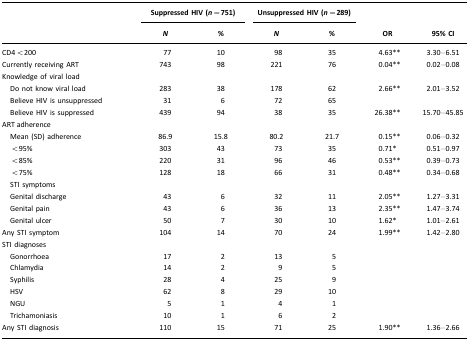
<table><thead><tr><td></td><td colspan="2"><b>Suppressed HIV (<i>n=</i>751)</b></td><td colspan="2"><b>Unsuppressed HIV (<i>n=</i>289)</b></td><td></td><td></td></tr><tr><td></td><td><b><i>N</i></b></td><td><b>%</b></td><td><b><i>N</i></b></td><td><b>%</b></td><td><b>OR</b></td><td><b>95% CI</b></td></tr></thead><tbody><tr><td>CD4&lt;200</td><td>77</td><td>10</td><td>98</td><td>35</td><td>4.63**</td><td>3.30–6.51</td></tr><tr><td>Currently receiving ART</td><td>743</td><td>98</td><td>221</td><td>76</td><td>0.04**</td><td>0.02–0.08</td></tr><tr><td>Knowledge of viral load</td><td></td><td></td><td></td><td></td><td></td><td></td></tr><tr><td> Do not know viral load</td><td>283</td><td>38</td><td>178</td><td>62</td><td>2.66**</td><td>2.01–3.52</td></tr><tr><td> Believe HIV is unsuppressed</td><td>31</td><td>6</td><td>72</td><td>65</td><td></td><td></td></tr><tr><td> Believe HIV is suppressed</td><td>439</td><td>94</td><td>38</td><td>35</td><td>26.38**</td><td>15.70–45.85</td></tr><tr><td>ART adherence</td><td></td><td></td><td></td><td></td><td></td><td></td></tr><tr><td> Mean (SD) adherence</td><td>86.9</td><td>15.8</td><td>80.2</td><td>21.7</td><td>0.15**</td><td>0.06–0.32</td></tr><tr><td> &lt;95%</td><td>303</td><td>43</td><td>73</td><td>35</td><td>0.71*</td><td>0.51–0.97</td></tr><tr><td> &lt;85%</td><td>220</td><td>31</td><td>96</td><td>46</td><td>0.53**</td><td>0.39–0.73</td></tr><tr><td> &lt;75%</td><td>128</td><td>18</td><td>66</td><td>31</td><td>0.48**</td><td>0.34–0.68</td></tr><tr><td> STI symptoms</td><td></td><td></td><td></td><td></td><td></td><td></td></tr><tr><td> Genital discharge</td><td>43</td><td>6</td><td>32</td><td>11</td><td>2.05**</td><td>1.27–3.31</td></tr><tr><td> Genital pain</td><td>43</td><td>6</td><td>36</td><td>13</td><td>2.35**</td><td>1.47–3.74</td></tr><tr><td> Genital ulcer</td><td>50</td><td>7</td><td>30</td><td>10</td><td>1.62*</td><td>1.01–2.61</td></tr><tr><td>Any STI symptom</td><td>104</td><td>14</td><td>70</td><td>24</td><td>1.99**</td><td>1.42–2.80</td></tr><tr><td>STI diagnoses</td><td></td><td></td><td></td><td></td><td></td><td></td></tr><tr><td> Gonorrhoea</td><td>17</td><td>2</td><td>13</td><td>5</td><td></td><td></td></tr><tr><td> Chlamydia</td><td>14</td><td>2</td><td>9</td><td>5</td><td></td><td></td></tr><tr><td> Syphilis</td><td>28</td><td>4</td><td>25</td><td>9</td><td></td><td></td></tr><tr><td> HSV</td><td>62</td><td>8</td><td>29</td><td>10</td><td></td><td></td></tr><tr><td> NGU</td><td>5</td><td>1</td><td>4</td><td>1</td><td></td><td></td></tr><tr><td> Trichamoniasis</td><td>10</td><td>1</td><td>6</td><td>2</td><td></td><td></td></tr><tr><td>Any STI diagnosis</td><td>110</td><td>15</td><td>71</td><td>25</td><td>1.90**</td><td>1.36–2.66</td></tr></tbody></table>